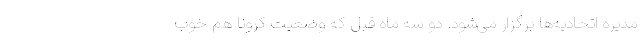
مدیره اتحادیه‌ها برگزار می‌شود. دو سه ماه قبل که وضعیت کرونا هم خوب